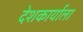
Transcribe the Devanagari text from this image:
देशकार्याला